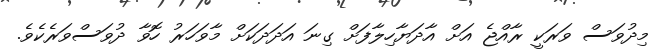
މިދުވަސް ވަރަކީ ރާއްޖެ އަށް އާދަޔާހިލާފަށް ގިނަ އަދަދަކަށް މާވަހަރު ހޮވާ ދުވަސްވަރެކެވެ.